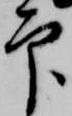
印